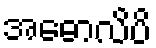
အဓောလိပိ